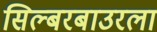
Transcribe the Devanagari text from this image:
सिल्बरबाउरला